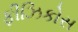
ફીઝિકોસ